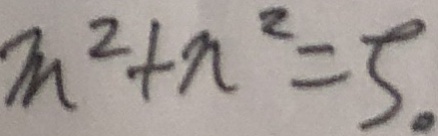
m ^ { 2 } + n ^ { 2 } = 5 。